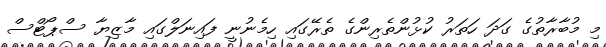
މިި މުބާރާތުގެ ގަދަ ހަތަރު ކުޅުންތެރިންގެ ތެރޭގައި ހިމެނުނީ ފައިނަލްގައި މާޒިޔާ ސްޕޯޓްސް